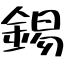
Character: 錫